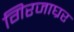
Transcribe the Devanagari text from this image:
गिरजाघ्रर